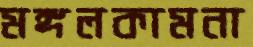
মঙ্গলকামনা